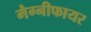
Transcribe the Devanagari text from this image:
मैग्नीफायर